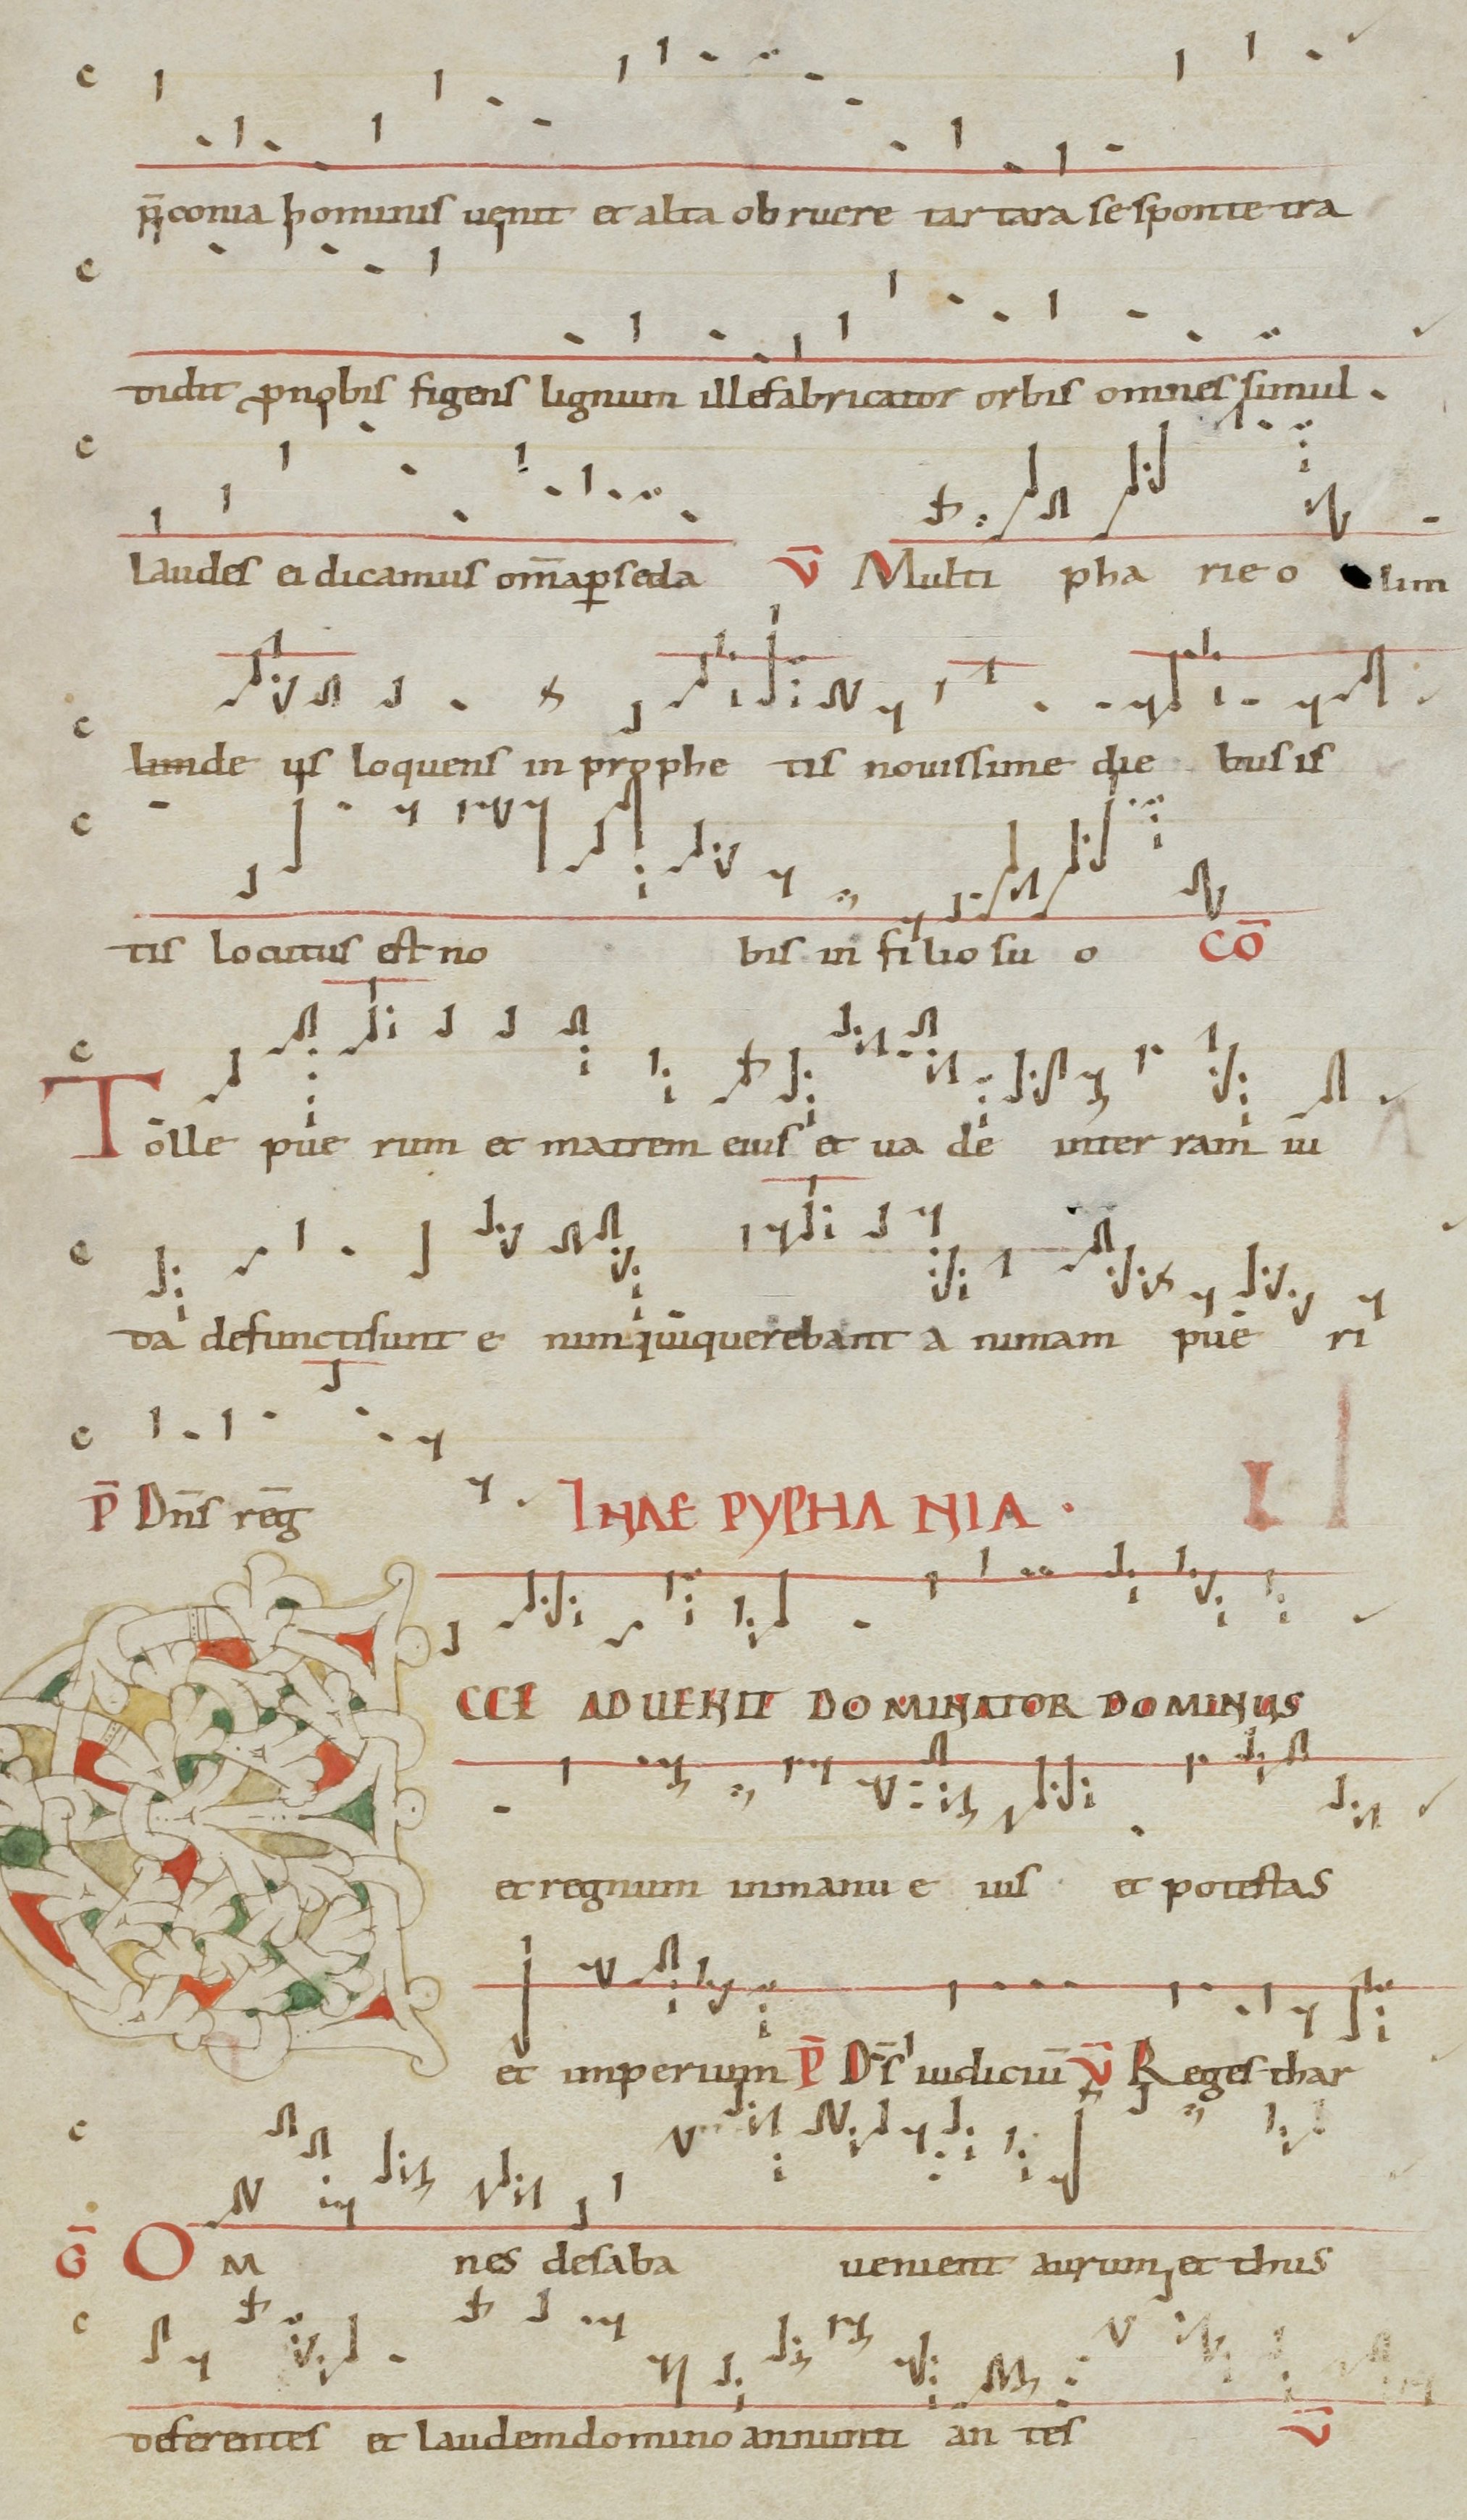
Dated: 1071–1071